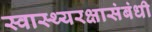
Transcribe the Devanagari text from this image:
स्वास्थ्यरक्षासंबंधी